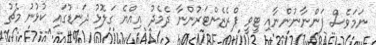
ނަމަވެސް ފަންނާނުންނާއި ޓީވީ ޕްރެޒެންޓަރުންނާ ދެމެދު އިއްޔެ ގަލޮޅު ދަނޑުގައި ކުޅުނު މެޗު